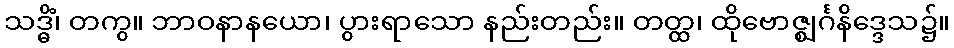
သဒ္ဓိံ၊ တကွ။ ဘာဝနာနယော၊ ပွားရာသော နည်းတည်း။ တတ္ထ၊ ထိုဗောဇ္ဈင်္ဂနိဒ္ဒေသ၌။